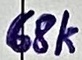
Text: 68k